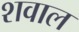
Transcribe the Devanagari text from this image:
शवाल